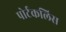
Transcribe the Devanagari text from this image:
पोर्टकलिस